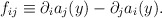
\begin{align*}f_{ij} \equiv \partial_i a_j(y) - \partial_j a_i(y). \end{align*}